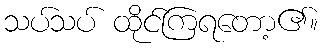
သပ်သပ် ထိုင်ကြရတော့၏။